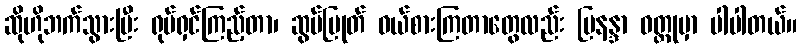
ဆိုဟိုဘက်သွားပြီး ရုပ်ရှင်ကြည့်တာ၊ ဆွပ်ပြုတ် ဝယ်စားကြတာတွေလည်း မြနန္ဒာ ဝတ္ထုမှာ ပါပါတယ်။